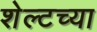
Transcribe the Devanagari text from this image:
शेल्टच्या